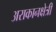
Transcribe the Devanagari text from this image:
अराकानक्षेत्री